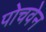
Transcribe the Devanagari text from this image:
पोचवेन